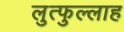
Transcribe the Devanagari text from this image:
लुत्फुल्लाह